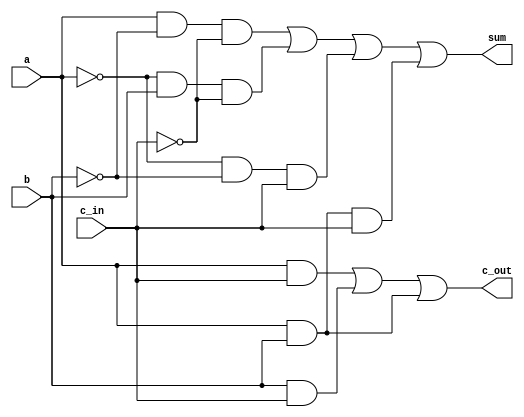
`timescale 1ns / 1ps
//////////////////////////////////////////////////////////////////////////////////
// Company: 
// Engineer: 
// 
// Design Name: 
// Module Name: FA_standard
// Project Name: 
// Target Devices: 
// Tool Versions: 
// Description: 
// 
// Dependencies: 
// 
// Revision:
// Revision 0.01 - File Created
// Additional Comments:
// 
//////////////////////////////////////////////////////////////////////////////////


module FA_standard(c_out, sum, a, b, c_in);

input		a, b, c_in; //declare inputs a, b and c_in, 1 bit each
output	c_out, sum; //declare outputs c_out and sum, 1 bit each
//declare wires for values being passed between different gates
wire		not_a, not_b, not_c;
wire		and1_out, and2_out, and3_out, and4_out, and5_out, and6_out, and7_out;

not	   not1		(not_a, a);
not	   not2		(not_b, b);
not	   not3		(not_c, c_in);

// get sum
and		and1		(and1_out, a, not_b, not_c);
and		and2		(and2_out, not_a, b, not_c);
and		and3		(and3_out, not_a, not_b, c_in);
and		and4		(and4_out, a, b, c_in);
or		or1		(sum, and1_out, and2_out, and3_out, and4_out);

and		and5		(and5_out, a, c_in);
and		and6		(and6_out, b, c_in);
and		and7		(and7_out, a, b);
or		or2		(c_out, and5_out, and6_out, and7_out);

endmodule